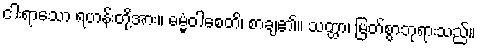
ငါးရာသော ရဟန်းတို့အား။ ဓမ္မံဝါစေတိ၊ စာချ၏။ သတ္ထာ၊ မြတ်စွာဘုရားသည်။